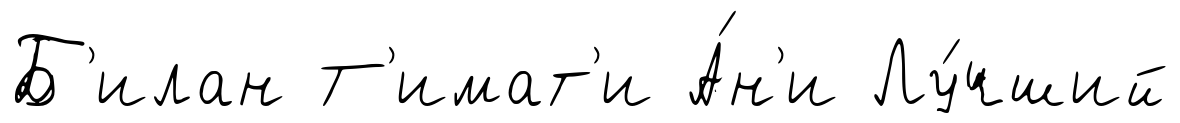
Б'илан Т'имат'и А́н'и Лу́чший